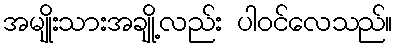
အမျိုးသားအချို့လည်း ပါဝင်လေသည်။